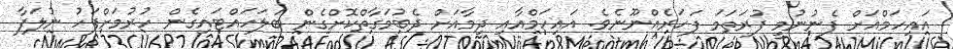
އައިހަމްއަށް ފެނުނުމީ ފުރަތަމަ ފަހަރެއްނޫނެވެ. އައިހަމްއާއި ދިމާއަށް ދެބުމަގާތްކޮށްގެން ބަލަހައްޓައިގެން ހުރުމަށްފަހު ނުލަފާ